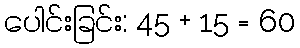
ပေါင်းခြင်း: 45 + 15 = 60